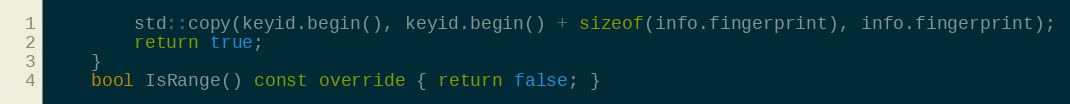
Language: C++
        std::copy(keyid.begin(), keyid.begin() + sizeof(info.fingerprint), info.fingerprint);
        return true;
    }
    bool IsRange() const override { return false; }